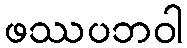
ဖဿပဘဝါ